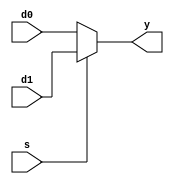
module mx2_64bits(d0,d1,s,y); // this module makes 64bits 2 to 1 multiplexer
input [63:0] d0,d1; // define 64 bits input d0,d1
input s; // define input s
output [63:0] y; // define 32 bits output y

// y = sbar * d0 + s * d1, sbar means inverse to s
assign y = (s == 0) ? d0 : d1; // so, So, if s is 0, it depends on the value of d0, and if s is 1, the result depends on the value of d1.

endmodule // end of module